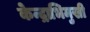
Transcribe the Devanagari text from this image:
केन्द्राभिमुखी